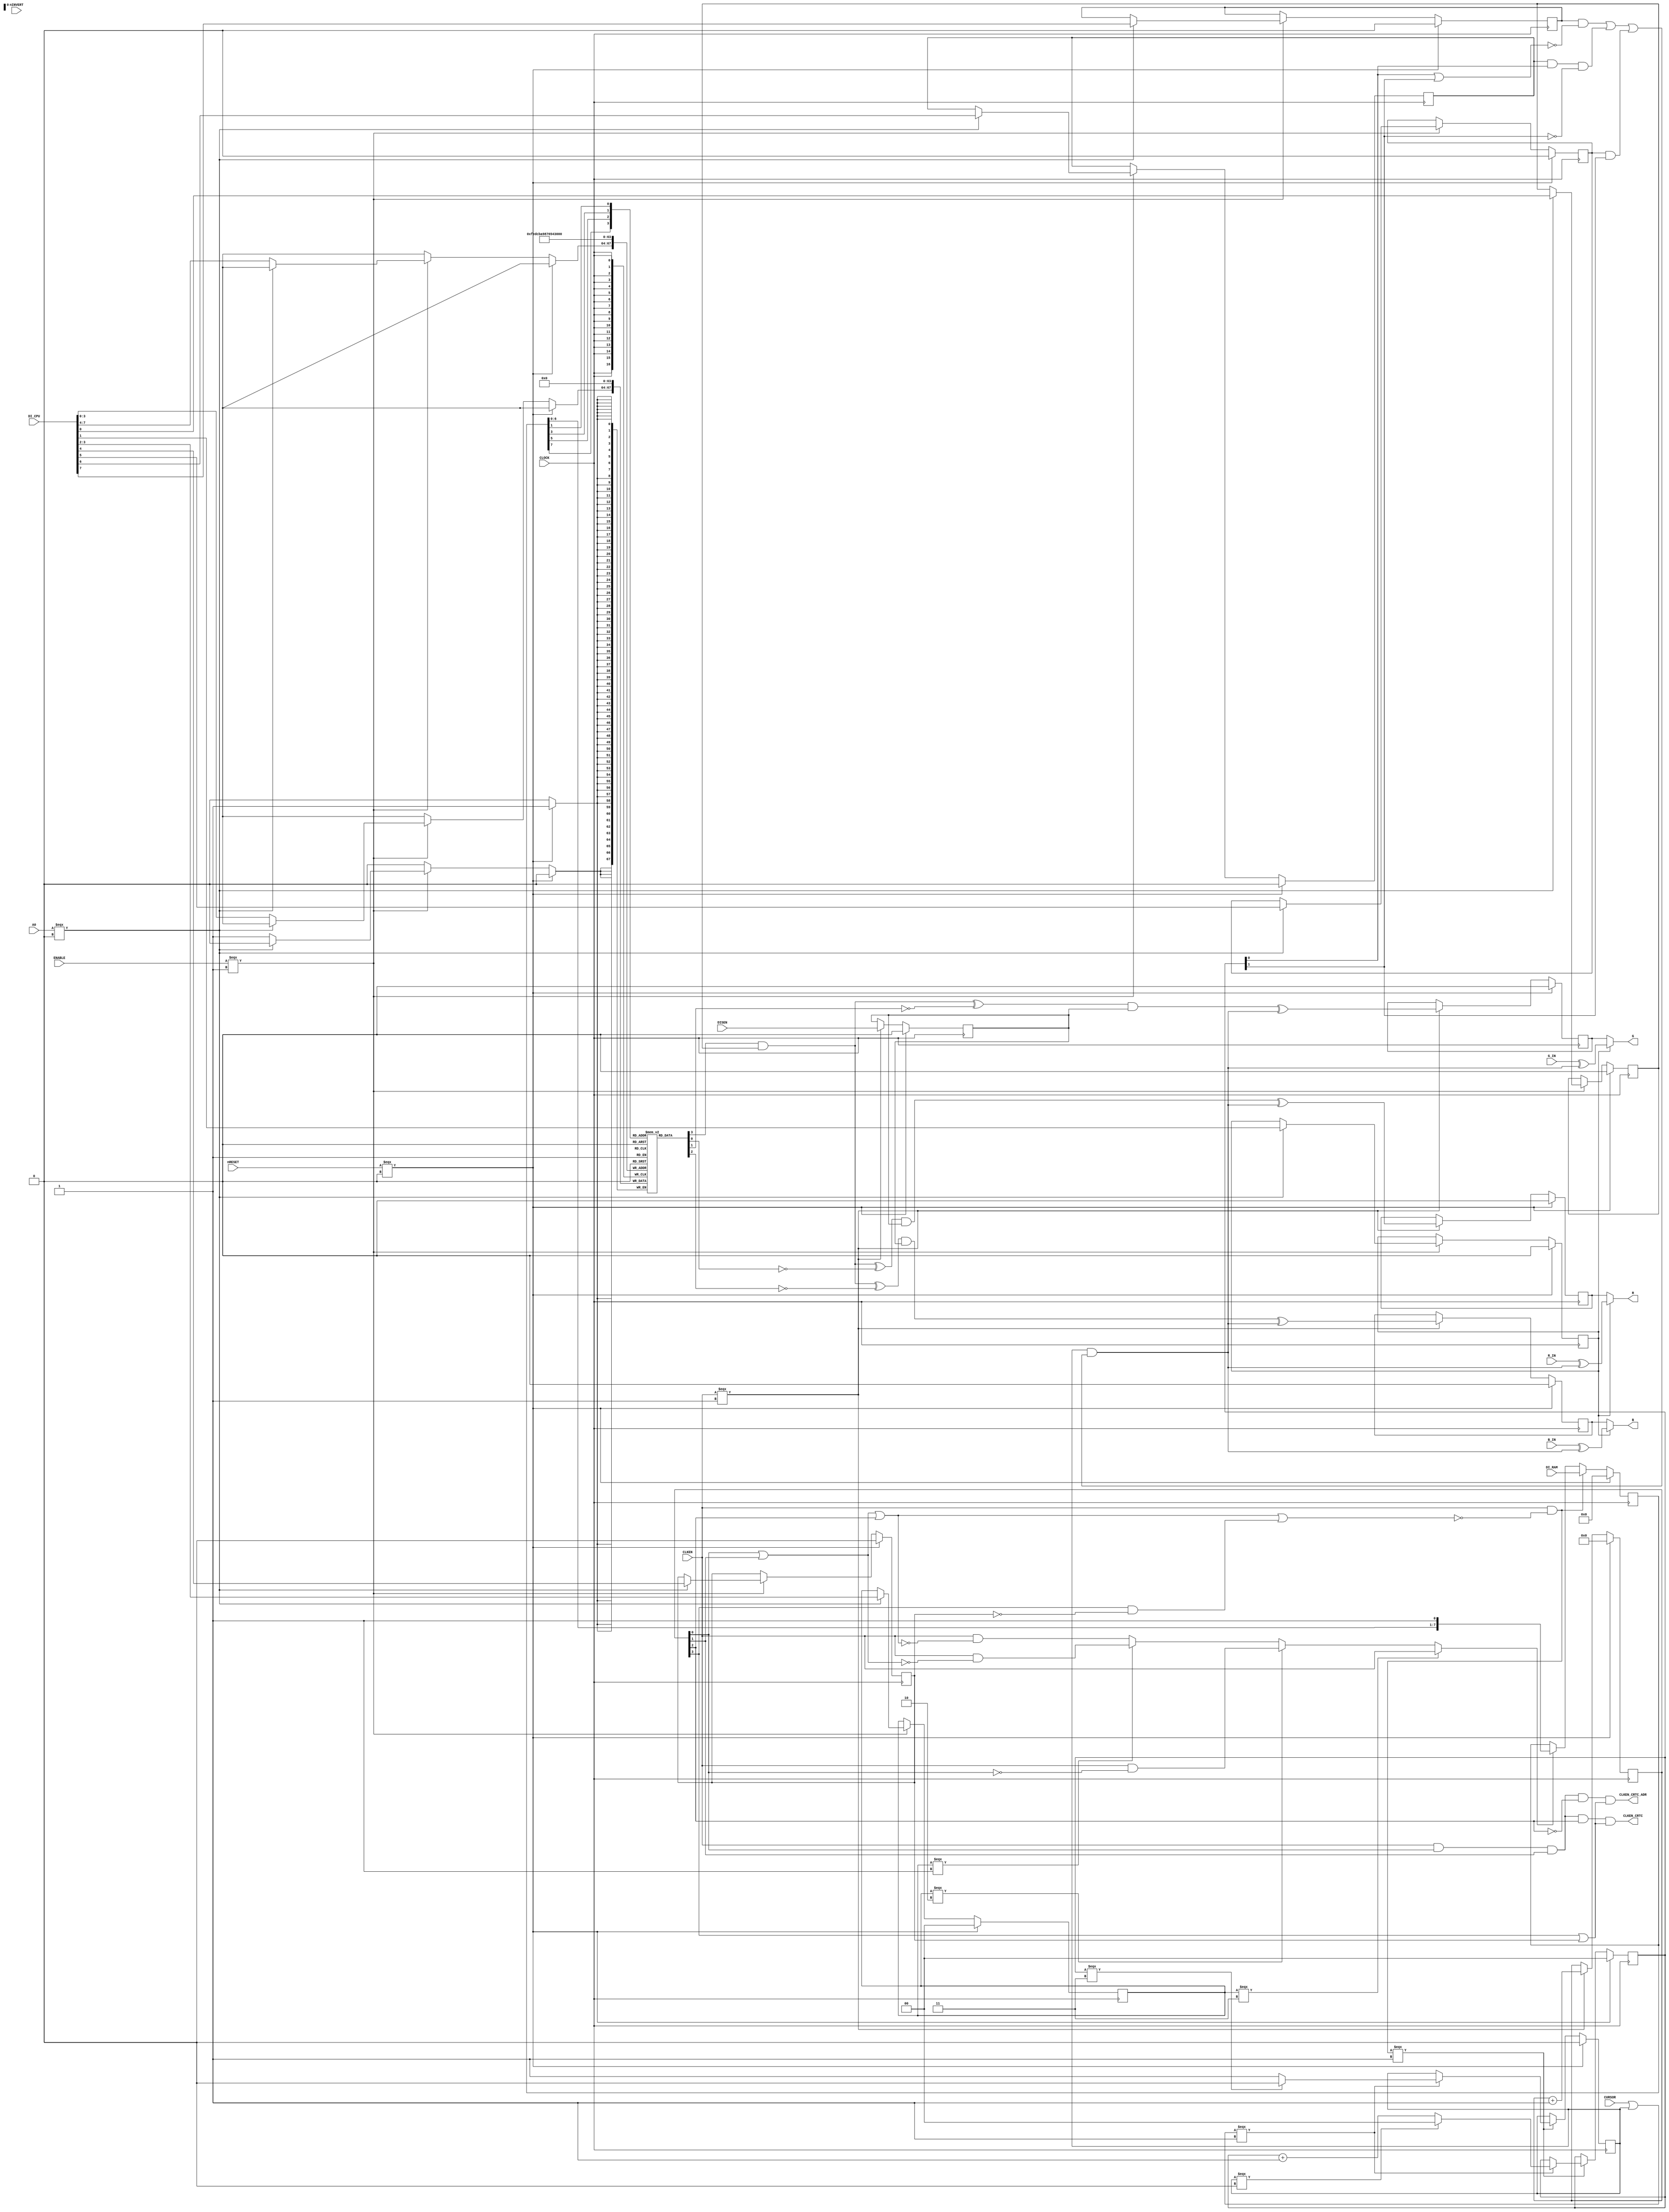
`timescale 1 ns / 1 ns
//  BBC Micro
//
//  Copyright (c) 2011 Mike Stirling
//
//  All rights reserved
//
//  Redistribution and use in source and synthezised forms, with or without
//  modification, are permitted provided that the following conditions are met:
//
//  * Redistributions of source code must retain the above copyright notice,
//    this list of conditions and the following disclaimer.
//
//  * Redistributions in synthesized form must reproduce the above copyright
//    notice, this list of conditions and the following disclaimer in the
//    documentation and/or other materials provided with the distribution.
//
//  * Neither the name of the author nor the names of other contributors may
//    be used to endorse or promote products derived from this software without
//    specific prior written agreement from the author.
//
//  * License is granted for non-commercial use only.  A fee may not be charged
//    for redistributions as source code or in synthesized/hardware form without
//    specific prior written agreement from the author.
//
//  THIS SOFTWARE IS PROVIDED BY THE COPYRIGHT HOLDERS AND CONTRIBUTORS "AS IS"
//  AND ANY EXPRESS OR IMPLIED WARRANTIES, INCLUDING, BUT NOT LIMITED TO,
//  THE IMPLIED WARRANTIES OF MERCHANTABILITY AND FITNESS FOR A PARTICULAR
//  PURPOSE ARE DISCLAIMED. IN NO EVENT SHALL THE AUTHOR OR CONTRIBUTORS BE
//  LIABLE FOR ANY DIRECT, INDIRECT, INCIDENTAL, SPECIAL, EXEMPLARY, OR
//  CONSEQUENTIAL DAMAGES (INCLUDING, BUT NOT LIMITED TO, PROCUREMENT OF
//  SUBSTITUTE GOODS OR SERVICES; LOSS OF USE, DATA, OR PROFITS; OR BUSINESS
//  INTERRUPTION) HOWEVER CAUSED AND ON ANY THEORY OF LIABILITY, WHETHER IN
//  CONTRACT, STRICT LIABILITY, OR TORT (INCLUDING NEGLIGENCE OR OTHERWISE)
//  ARISING IN ANY WAY OUT OF THE USE OF THIS SOFTWARE, EVEN IF ADVISED OF THE
//  POSSIBILITY OF SUCH DAMAGE.
//
//  BBC Micro "VIDPROC" Video ULA
//
//  Synchronous implementation for FPGA
//
//  (C) 2011 Mike Stirling
//  (C) 2015 Stephen Leary

module vidproc (
           input        CLOCK,
           input        CLKEN,
           input        nRESET,
           output       CLKEN_CRTC,
           output       CLKEN_CRTC_ADR,
           input        ENABLE,
           input        A0,
           input [7:0]  DI_CPU,
           input [7:0]  DI_RAM,
           input        nINVERT,
           input        DISEN,
           input        CURSOR,
           input           R_IN,
           input        G_IN,
           input        B_IN,
           output          R,
           output          G,
           output          B
       );

//  Clock enable qualifies display cycles (interleaved with CPU cycles)
reg     r0_cursor0;
reg     r0_cursor1;
reg     r0_cursor2;
reg     r0_crtc_2mhz;
reg     [1:0] r0_pixel_rate;
reg     r0_teletext;
reg     r0_flash;
reg     [3:0] palette [0:15];

//  Pixel shift register
reg     [7:0] shiftreg;

//  Delayed display enable
reg     delayed_disen;

//  Internal clock enable generation
wire    clken_pixel;
wire    clken_fetch;
reg     [3:0] clken_counter;

//  Cursor generation - can span up to 32 pixels
//  Segments 0 and 1 are 8 pixels wide
//  Segment 2 is 16 pixels wide
wire    cursor_invert;
reg     cursor_active;
reg     [1:0] cursor_counter;

//  Synchronous register access, enabled on every clock
integer  V2V_colour;

always @(posedge CLOCK) begin : process_1

    if (nRESET === 1'b 0) begin
        r0_cursor0 <= 1'b 0;
        r0_cursor1 <= 1'b 0;
        r0_cursor2 <= 1'b 0;
        r0_crtc_2mhz <= 1'b 0;
        r0_pixel_rate <= 2'b 00;
        r0_teletext <= 1'b 0;
        r0_flash <= 1'b 0;

        for (V2V_colour = 0; V2V_colour <= 15; V2V_colour = V2V_colour + 1) begin
            palette[V2V_colour] <= {4{1'b 0}};
        end
    end
    else begin
        if (ENABLE === 1'b 1) begin
            if (A0 === 1'b 0) begin

                //  Access control register
                r0_cursor0 <= DI_CPU[7];
                r0_cursor1 <= DI_CPU[6];
                r0_cursor2 <= DI_CPU[5];
                r0_crtc_2mhz <= DI_CPU[4];
                r0_pixel_rate <= DI_CPU[3:2];
                r0_teletext <= DI_CPU[1];
                r0_flash <= DI_CPU[0];

                //  Access palette register
            end
            else begin
                palette[DI_CPU[7:4]] <= DI_CPU[3:0];
            end
        end
    end
end

//  Clock enable generation.
//  Pixel clock can be divided by 1,2,4 or 8 depending on the value
//  programmed at r0_pixel_rate
//  00 = /8, 01 = /4, 10 = /2, 11 = /1
assign clken_pixel = r0_pixel_rate === 2'b 11 ? CLKEN :
       r0_pixel_rate === 2'b 10 ? CLKEN & ~clken_counter[0] :
       r0_pixel_rate === 2'b 01 ? CLKEN & ~(clken_counter[0] | clken_counter[1]) :
       CLKEN & ~(clken_counter[0] | clken_counter[1] | clken_counter[2]);

//  The CRT controller is always enabled in the 15th cycle, so that the result
//  is ready for latching into the shift register in cycle 0.  If 2 MHz mode is
//  selected then the CRTC is also enabled in the 7th cycle
assign CLKEN_CRTC = CLKEN & clken_counter[0] & clken_counter[1] & clken_counter[2] &
       (clken_counter[3] | r0_crtc_2mhz);

// extra signal for crtc address setup a little earlier
assign CLKEN_CRTC_ADR = CLKEN & clken_counter[0] & clken_counter[1] & !clken_counter[2] &
       (clken_counter[3] | r0_crtc_2mhz);

//  The result is fetched from the CRTC in cycle 0 and also cycle 8 if 2 MHz
//  mode is selected.  This is used for reloading the shift register as well as
//  counting cursor pixels
assign clken_fetch = CLKEN & ~(clken_counter[0] | clken_counter[1] | clken_counter[2] | clken_counter[3] & ~r0_crtc_2mhz);


wire [7:0]  shiftreg_nxt = clken_fetch ? DI_RAM :
     clken_pixel ? {shiftreg[6:0], 1'b 1} : shiftreg;

always @(posedge CLOCK)  begin : process_2

    if (nRESET === 1'b 0) begin
        clken_counter <= 'd0;
    end
    else if (CLKEN === 1'b 1 ) begin

        //  Increment internal cycle counter during each video clock
        clken_counter <= clken_counter + 1;
    end
end

//  Fetch control

always @(posedge CLOCK) begin : process_3

    if (nRESET === 1'b 0) begin

        shiftreg <= 'd0;

    end
    else begin

        shiftreg <= shiftreg_nxt;

    end
end

//  Cursor generation
assign cursor_invert = cursor_active & (r0_cursor0 & ~(cursor_counter[0] | cursor_counter[1]) |
                                        r0_cursor1 & cursor_counter[0] & ~cursor_counter[1] | r0_cursor2 &
                                        cursor_counter[1]);

always @(posedge CLOCK) begin : process_4

    if (nRESET === 1'b 0) begin
        cursor_active <= 'd0;
        cursor_counter <= 'd0;
    end
    else if (clken_fetch === 1'b 1 ) begin
        if ((CURSOR | cursor_active) === 1'b 1) begin

            //  Latch cursor
            cursor_active <= 1'b 1;

            //  Reset on counter wrap
            if (cursor_counter === 2'b 11) begin
                cursor_active <= 1'b 0;
            end

            //  Increment counter
            if (cursor_active === 1'b 0) begin

                //  Reset
                cursor_counter <= {2{1'b 0}};

                //  Increment
            end
            else begin
                cursor_counter <= cursor_counter + 1;
            end
        end
    end
end

//  Pixel generation
//  The new shift register contents are loaded during
//  cycle 0 (and 8) but will not be read here until the next cycle.
//  By running this process on every single video tick instead of at
//  the pixel rate we ensure that the resulting delay is minimal and
//  constant (running this at the pixel rate would cause
//  the display to move slightly depending on which mode was selected).


//  Look up dot value in the palette.  Bits are as follows:
//  bit 3 - FLASH
//  bit 2 - Not BLUE
//  bit 1 - Not GREEN
//  bit 0 - Not RED

wire [3:0]  palette_a   = {shiftreg[7], shiftreg[5], shiftreg[3], shiftreg[1]};
wire [3:0]  dot_val     = palette[palette_a];

//  Apply flash inversion if required
wire  red_val  = dot_val[3] & r0_flash ^ ~dot_val[0];
wire  green_val   = dot_val[3] & r0_flash ^ ~dot_val[1];
wire  blue_val    = dot_val[3] & r0_flash ^ ~dot_val[2];

reg RR;
reg GG;
reg BB;
   
always @(posedge CLOCK) begin

    if (nRESET === 1'b 0) begin

        RR   <= 'd0;
        GG   <= 'd0;
        BB   <= 'd0;

        delayed_disen <= 'd0;

    end
    else if (CLKEN === 1'b1) begin

        RR <= (red_val & delayed_disen) ^ cursor_invert;
        GG <= (green_val & delayed_disen) ^ cursor_invert;
        BB <= (blue_val & delayed_disen) ^ cursor_invert;

        //  Display enable signal delayed by one clock
        delayed_disen <= DISEN;
    end

end // always @ (posedge CLOCK)
   
   // Allow the 12MHz teletext signals to pass through without re-sampling
   assign R = r0_teletext ? (R_IN ^ cursor_invert) : RR;
   assign G = r0_teletext ? (G_IN ^ cursor_invert) : GG;
   assign B = r0_teletext ? (B_IN ^ cursor_invert) : BB;
   
endmodule // module vidproc